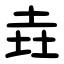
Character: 垚